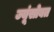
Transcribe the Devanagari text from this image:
ज्यूंसोबत